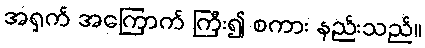
အရှက် အကြောက် ကြီး၍ စကား နည်းသည်။